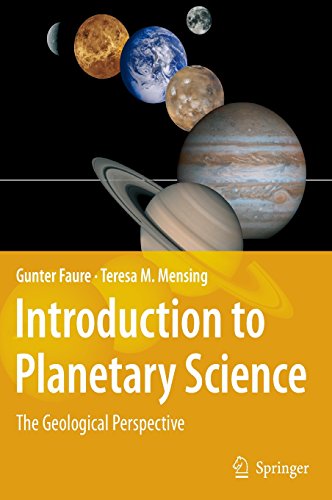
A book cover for Introduction to Planetary Science: The Geological Perspective; Gunter Faure; Science & Math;